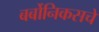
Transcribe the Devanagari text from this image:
बर्बोनिकसचे